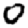
Digit: 0